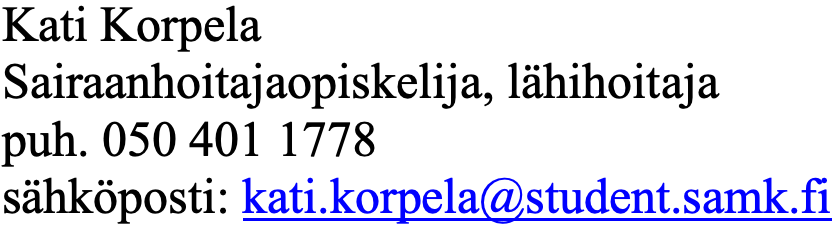
Kati Korpela Sairaanhoitajaopiskelija, lähihoitaja puh. 050 401 1778 sähköposti: kati.korpela@student.samk.fi